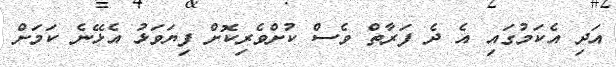
އަދި އެކަމުގައި އެ ދެ ފަރާތް ވެސް ކުށްވެރިކޮށް ފިޔަވަޅު އެޅޭނެ ކަމަށް